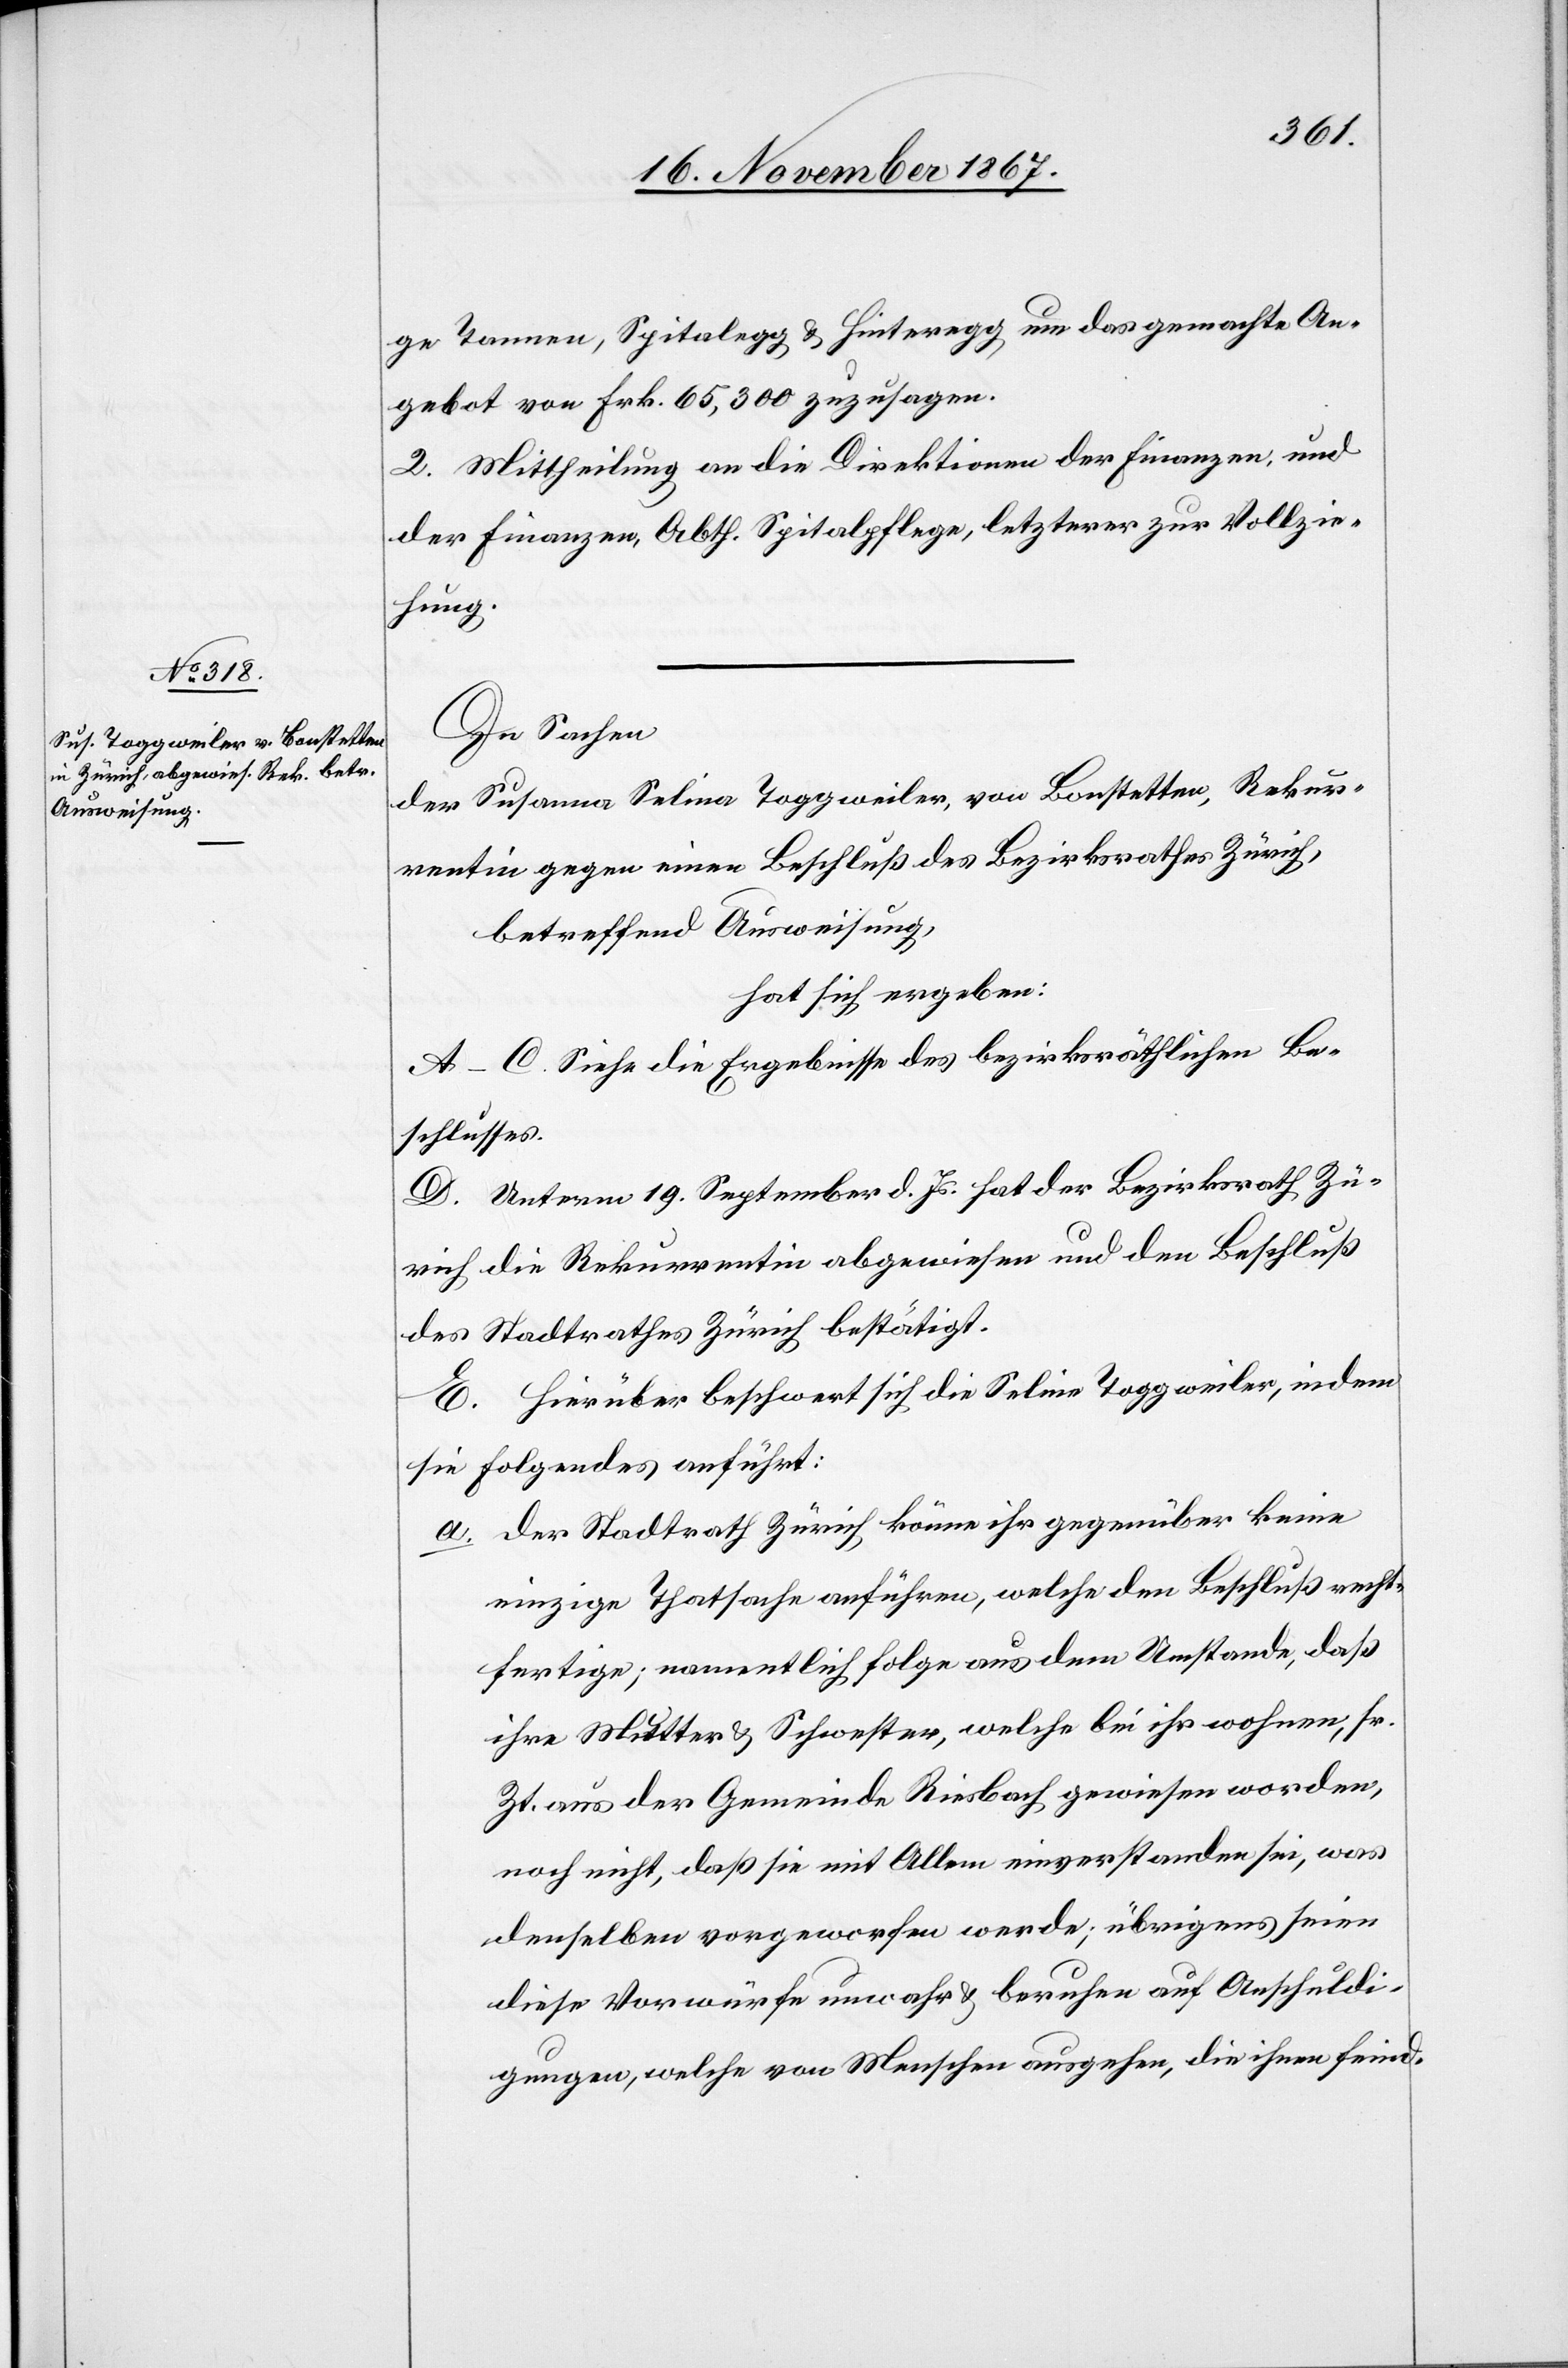
ge Tannen, Spitalegg u. Hinteregg um das gemachte An¬
gebot von Frk. 65 300 zuzusagen.
2. Mittheilung an die Direktionen der Finanzen und
der Finanzen, Abth. Spitalpflege, letzterer zur Vollzie¬
hung.
In Sachen
der Susanna Selina Toggweiler, von Bonstetten, Rekur¬
rentin gegen einen Beschluß des Bezirksrathes Zürich,
betreffend Ausweisung,
hat sich ergeben:
A–C. Siehe die Ergebnisse des bezirksräthlichen Be¬
schlusses.
D. Unterm 19. September d. Js. hat der Bezirksrath Zü¬
rich die Rekurrentin abgewiesen und den Beschluß
des Stadtrathes Zürich bestätigt.
E. Hierüber beschwert sich die Seline [sic!] Toggweiler, indem
sie Folgendes anführt:
a. der Stadtrath Zürich könne ihr gegenüber keine
einzige Thatsache anführen, welche den Beschluß recht¬
fertige; namentlich folge aus dem Umstande, daß
ihre Mutter u. Schwester, welche bei ihr wohnen, sr.
Zt. aus der Gemeinde Riesbach gewiesen worden,
noch nicht, daß sie mit Allem einverstanden sei, was
denselben vorgeworfen werde; übrigens seien
diese Vorwürfe unwahr u. beruhen auf Anschuldi¬
gungen, welche von Menschen ausgehen, die ihnen feind-